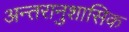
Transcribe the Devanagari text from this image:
अन्तरानुशासिक